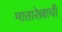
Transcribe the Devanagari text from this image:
मात्तारेल्लाची